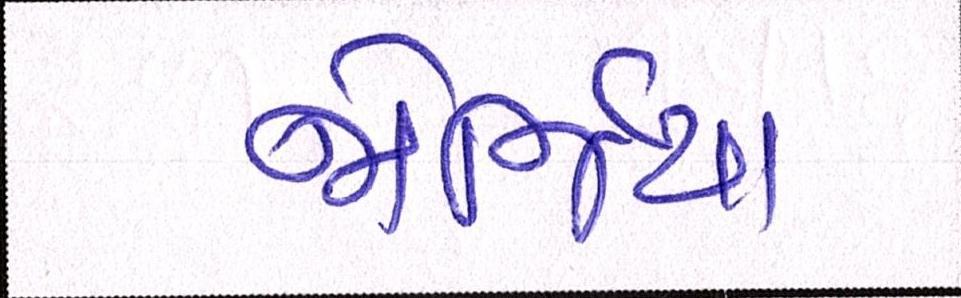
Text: જોર્જિયા